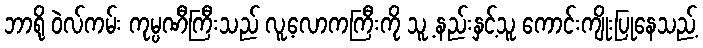
ဘာရို ဝဲလ်ကမ်း ကုမ္ပဏီကြီးသည် လူ့လောကကြီးကို သူ့ နည်းနှင့်သူ ကောင်းကျိုးပြုနေသည့်